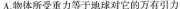
A.物体所受重力等于地球对它的万有引力